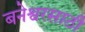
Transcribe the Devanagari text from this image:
बनेश्वरसाठी